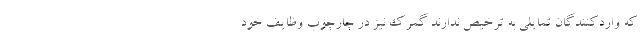
که واردکنندگان تمایلی به ترخیص ندارند گمرک نیز در چارچوب وظایف خود